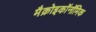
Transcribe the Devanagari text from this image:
मैक्रोइकॉनॉमिक